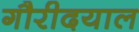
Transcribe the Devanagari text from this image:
गौरीदयाल